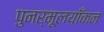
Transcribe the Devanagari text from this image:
पुनर्मूलयाँकन